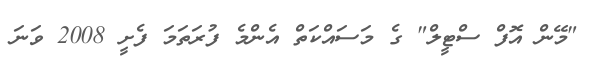
"މޭން އޮފް ސްޓީލް" ގެ މަސައްކަތް އެންމެ ފުރަތަމަ ފެށީ 2008 ވަނަ